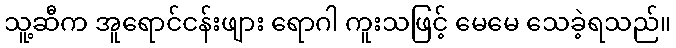
သူ့ဆီက အူရောင်ငန်းဖျား ရောဂါ ကူးသဖြင့် မေမေ သေခဲ့ရသည်။